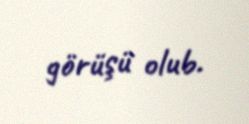
görüşü olub.